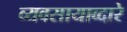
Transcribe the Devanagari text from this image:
व्यवसायाव्दारे